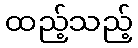
ထည့်သည့်